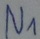
Text: N1